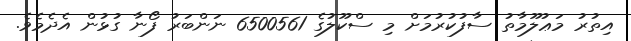
އިތުރު މަޢުލޫމާތު ސާފުކުރުމަށް މި ސްކޫލުގެ 6500561 ނަންބަރު ފޯނާ ގުޅުން އެދެމެވެ.